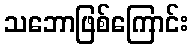
သဘောဖြစ်ကြောင်း